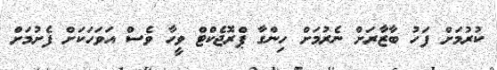
ކުރުމަށް ފަހު ބާޒާރަށް ނެރުމަށް ހިންގާ ޕްރޮޖެކްޓް ވީހާ ވެސް އަވަހަކަށް ފެށުމަށް